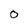
Character: O